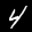
Label: 4